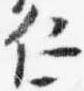
仁